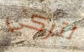
لتركي